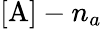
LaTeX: [\mathrm{A}]-n_{a}